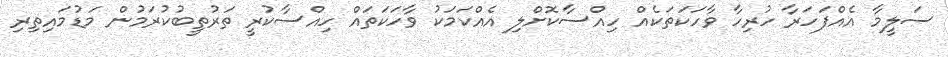
ސަލީމާ އެއްފަހަރާ ހުރިހާ ވާހަކަތަކެއް ހިއްސާކޮށްލި އެއްކަމަކު ވާހަކަތައް ހިއްސާކުރީ ތަރުތީބުކުރަމުން މަޑުމައިތިރި